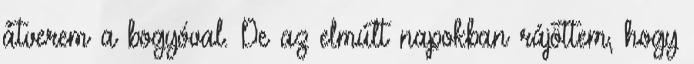
átverem a bogyóval. De az elmúlt napokban rájöttem, hogy